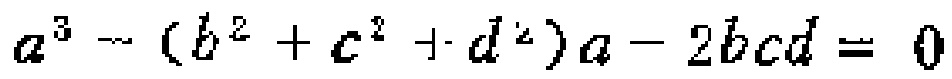
\(a^{3}-(b^{2}+c^{2}+d^{2})a - 2bcd = 0\)